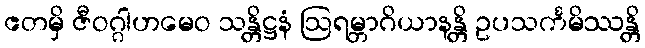
ဧတမှိ ဇီဝဂ္ဂါဟမေဝ သန္တိဋ္ဌနံ ဩရမ္ဘာဂိယာနန္တိ ဥပသင်္ကမိဿန္တိ